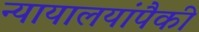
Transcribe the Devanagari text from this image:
न्यायालयांपैकी